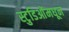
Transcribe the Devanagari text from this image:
स्टुडिओंमधून